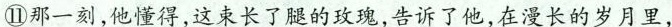
⑪那一刻,他懂得,这束长了腿的玫瑰,告诉了他,在漫长的岁月里，